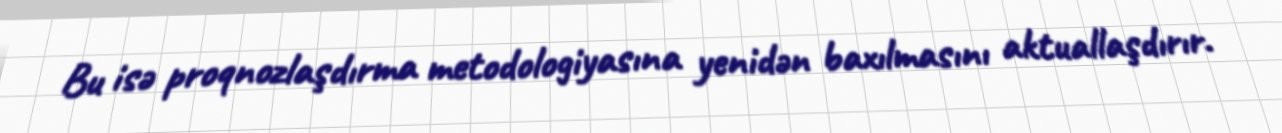
Bu isə proqnozlaşdırma metodologiyasına yenidən baxılmasını aktuallaşdırır.